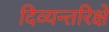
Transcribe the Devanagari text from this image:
दिव्यन्तरिक्षे